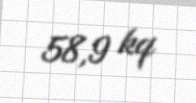
58,9 kq